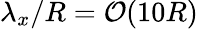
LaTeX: \lambda_{x}/R=\mathcal O(10R)